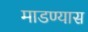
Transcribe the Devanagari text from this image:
माडण्यास